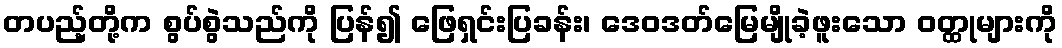
တပည့်တို့က စွပ်စွဲသည်ကို ပြန်၍ ဖြေရှင်းပြခန်း၊ ဒေဝဒတ်မြေမျိုခဲ့ဖူးသော ဝတ္ထုများကို